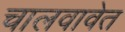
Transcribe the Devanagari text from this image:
चालवावेत